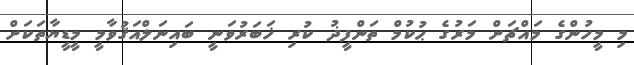
މި މީހުންގެ މައްޗަށް މަރުގެ ޙުކުމް ތަންފީޛު ކުރި ޚަބަރުވަނީ ބައިނަލްއަޤުވާމީ މީޑީޔާތަކަށް